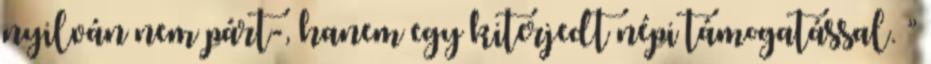
nyilván nem párt-, hanem egy kiterjedt népi támogatással. ”